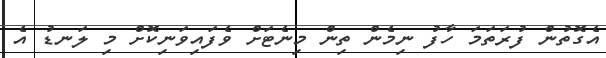
އެގޮތުން ފުރަތަމަ ހާފު ނިމެން ތިން މިނެޓަށް ވެފައިވަނިކޮށް މި ލަނޑު އެ